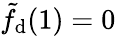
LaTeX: \tilde{f}_{\mathrm{d}}(1)=0